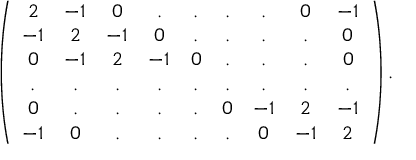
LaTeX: \left( \begin{array} { c c c c c c c c c } { { 2 } } & { { - 1 } } & { { 0 } } & { { . } } & { { . } } & { { . } } & { { . } } & { { 0 } } & { { - 1 } } \\ { { - 1 } } & { { 2 } } & { { - 1 } } & { { 0 } } & { { . } } & { { . } } & { { . } } & { { . } } & { { 0 } } \\ { { 0 } } & { { - 1 } } & { { 2 } } & { { - 1 } } & { { 0 } } & { { . } } & { { . } } & { { . } } & { { 0 } } \\ { { . } } & { { . } } & { { . } } & { { . } } & { { . } } & { { . } } & { { . } } & { { . } } & { { . } } \\ { { 0 } } & { { . } } & { { . } } & { { . } } & { { . } } & { { 0 } } & { { - 1 } } & { { 2 } } & { { - 1 } } \\ { { - 1 } } & { { 0 } } & { { . } } & { { . } } & { { . } } & { { . } } & { { 0 } } & { { - 1 } } & { { 2 } } \end{array} \right) .